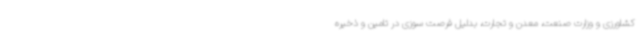
کشاورزی و وزارت صنعت، معدن و تجارت، بدلیل فرصت سوزی در تامین و ذخیره